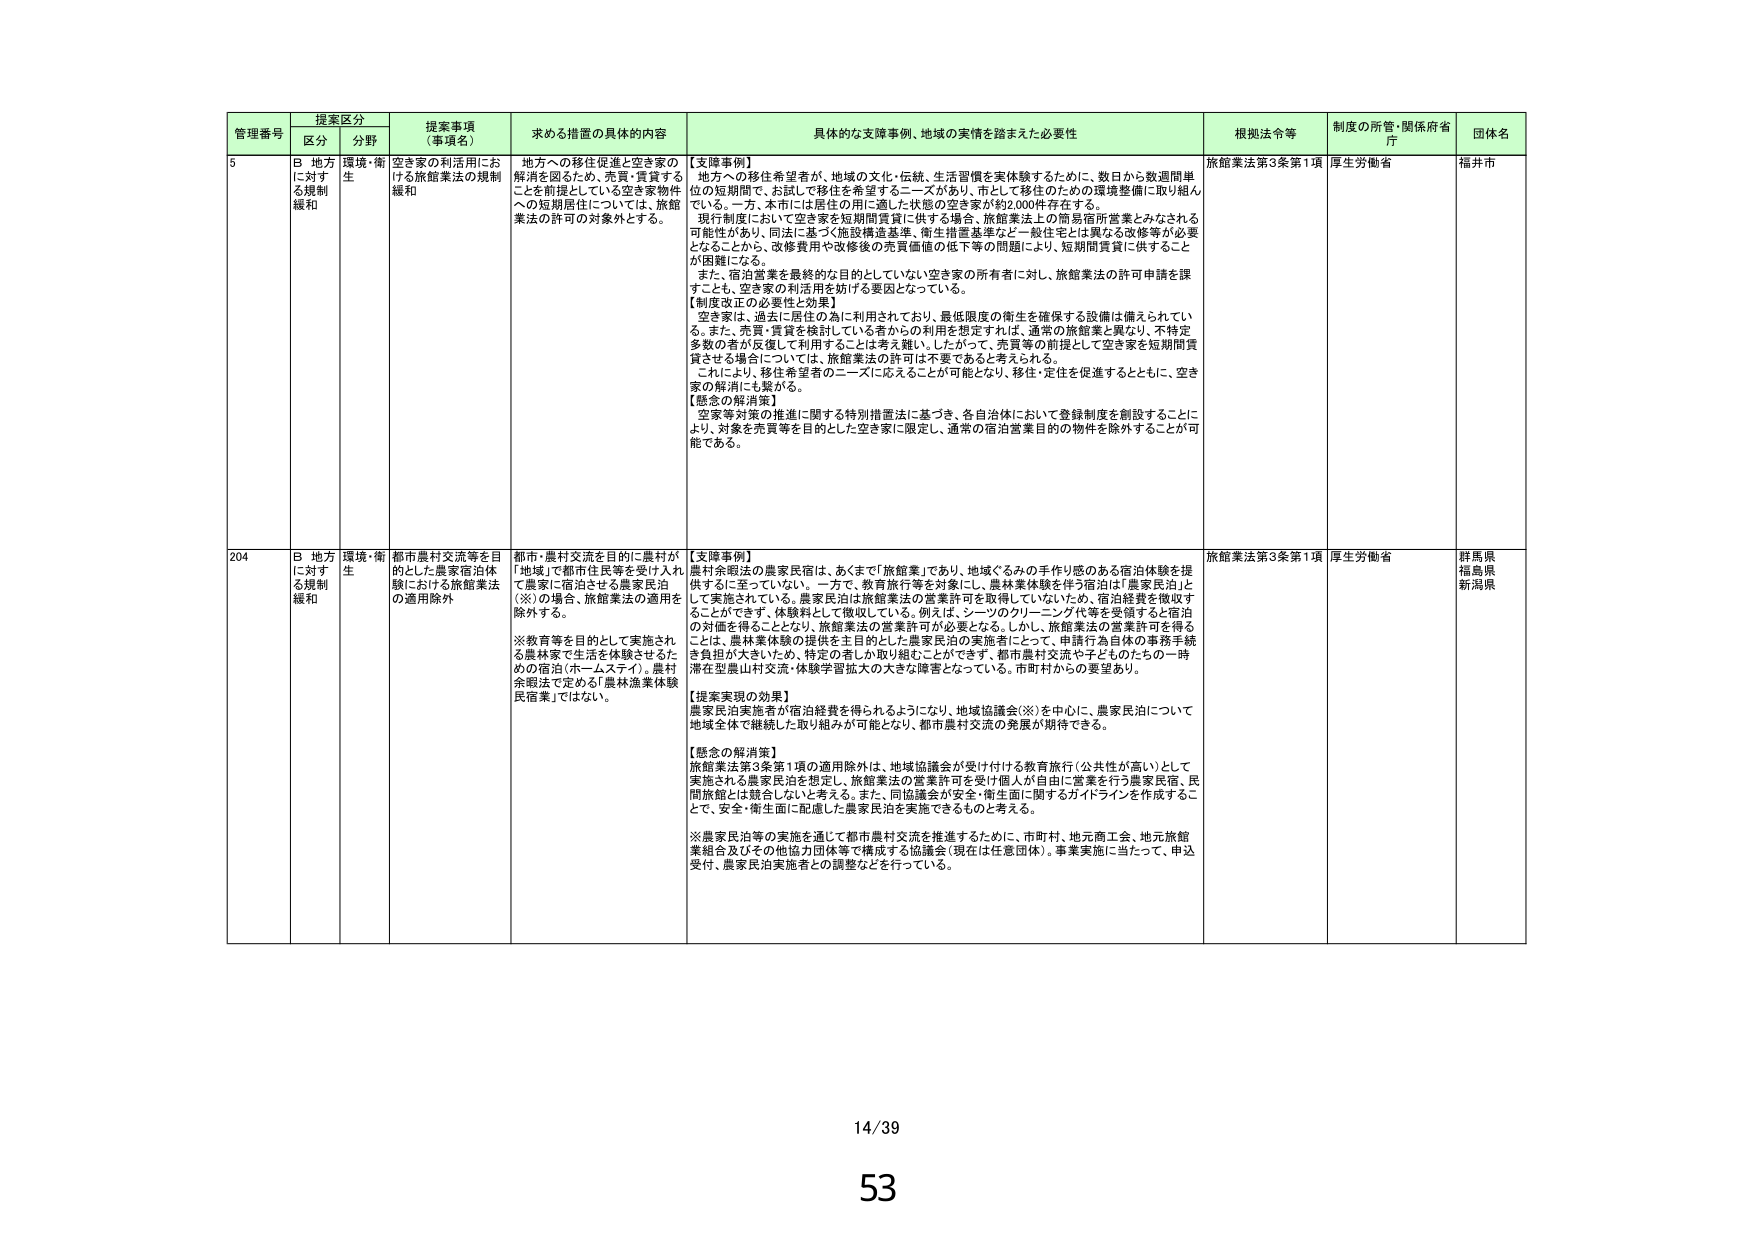
管理番号 提案区分 提案事項（事項名） 求める措置の具体的内容 具体的な支援事例、地域の実情を踏まえた必要性 根拠法令等 制度の所管・関係府省庁 団体名
区分 分野
5 B 地方に対する規制緩和 環境・衛生 空き家の利活用における旅館業法の規制緩和 地方への移住促進と空き家の解消を図るため、売買・賃貸することを前提としている空き家物件への短期居住については、旅館業法の許可の対象外とする。 【支援事例】 地方への移住希望者が、地域の文化・伝統、生活習慣を実体験するために、数日から数週間単位の短期間で、お試しに移住を希望するニーズがあり、市として移住のための環境整備に取り組んでいる。一方、本市には居住の用に適した状態の空き家が約2,000件存在する。 現行制度において空き家を短期間賃貸に供する場合、旅館業法上の簡易宿所営業とみなされる可能性があり、同法に基づく施設構造基準、衛生措置基準など一般住宅とは異なる改修等が必要となることから、改修費用や改修後の売買価値の低下等の問題により、短期間賃貸に供することが困難になる。 また、宿泊営業を最終的な目的としていない空き家の所有者に対し、旅館業法の許可申請を課すことも、空き家の利活用を妨げる要因となっている。 【制度改正の必要性と効果】 空き家は、過去に居住の為に利用されており、最低限度の衛生を確保する設備は備えられている。また、売買・賃貸を検討している者からの利用を想定すれば、通常の旅館業と異なり、不特定多数の者が反復して利用することは考え難い。したがって、売買等の前提として空き家を短期間賃貸させる場合については、旅館業法の許可は不要であると考えられる。 これにより、移住希望者のニーズに応えることが可能となり、移住・定住を促進するとともに、空き家の解消にも繋がる。 【懸念の解消策】 空家等対策の推進に関する特別措置法に基づき、各自治体において登録制度を創設することにより、対象を売買等を目的とした空き家に限定し、通常の宿泊営業目的の物件を除外することが可能である。 旅館業法第3条第1項 厚生労働省 福井市
204 B 地方に対する規制緩和 環境・衛生 都市農村交流等を目的とした農家宿泊体験における旅館業法の適用除外 都市・農村交流を目的に農村が「地域」で都市住民等を受け入れて農家に宿泊させる農家民泊（※）の場合、旅館業法の適用を除外する。 ※教育等を目的として実施される農林家で生活を体験させるための宿泊（ホームステイ）。農村余暇法で定める「農林漁業体験民宿業」ではない。 【支援事例】 農村余暇法の農家民宿は、あくまで「旅館業」であり、地域ぐるみの手作り感のある宿泊体験を提供するに至っていない。一方で、教育旅行等を対象にし、農林業体験を伴う宿泊は「農家民泊」として実施されている。農家民泊は旅館業法の営業許可を取得していないため、宿泊経費を徴収することができる、体験料として徴収している。例えば、シーソのクリーニング代等を受領すると宿泊の対価を得ることとなり、旅館業法の営業許可が必要となる。しかし、旅館業法の営業許可を得ることは、農林業体験の提供を主目的とした農家民泊の実施者にとって、申請行為自体の事務手続き負担が大きい。また、特定の者しか取り組むことができず、都市農村交流や子どものたちの一時滞在型農山村交流・体験学習拡大の大きな障害となっている。市町村からの要望あり。 【提案実現の効果】 農家民泊実施者が宿泊経費を得られるようになり、地域協議会（※）を中心に、農家民泊について地域全体で継続した取り組みが可能となり、都市農村交流の発展が期待できる。 【懸念の解消策】 旅館業法第3条第1項の適用除外は、地域協議会が受け付ける教育旅行（公共性が高い）として実施される農家民泊を想定し、旅館業法の営業許可を受け個人が自由に営業を行う農家民宿、民間旅館とは競合しないと考える。また、同協議会が安全・衛生面に関するガイドラインを作成することで、安全・衛生面に配慮した農家民泊を実施できるものと考える。 ※農家民泊等の実施を通じて都市農村交流を推進するため、市町村、地元商工会、地元旅館業組合及びその他協力団体等で構成する協議会（現在は任意団体）。事業実施に当たって、申込受付、農家民泊実施者との調整などを行っている。 旅館業法第3条第1項 厚生労働省 群馬県 福島県 新潟県
14/39
53